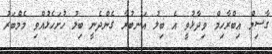
ގާސިމް އިބްރާހިމް ވިދާޅުވީ އެ ބިލު އަނބުރާ ގެންދެނީ ބިލު ހުށަހެޅުއްވި މެމްބަރު